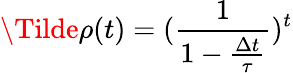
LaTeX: \Tilde{\rho}(t)=(\frac{1}{1-\frac{\Delta t}{\tau}})^{t}